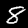
Label: 8